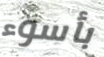
بأسوء